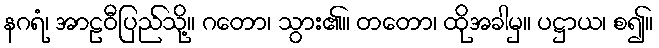
နဂရံ၊ အာဠဝီပြည်သို့။ ဂတော၊ သွား၏။ တတော၊ ထိုအခါမှ။ ပဋ္ဌာယ၊ စ၍။